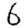
Digit: 6